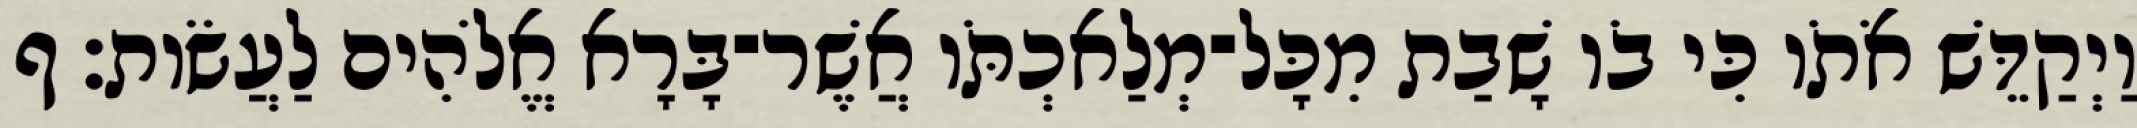
וַיְקַדֵּשׁ אֹתֹו כִּי בֹו שָׁבַת מִכָּל־מְלַאכְתֹּו אֲשֶׁר־בָּרָא אֱלֹהִים לַעֲשֹׂות׃ ף